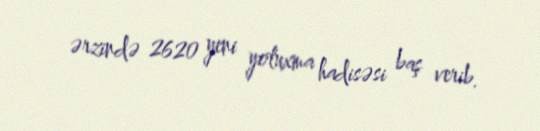
ərzində 2620 yeni yoluxma hadisəsi baş verib.